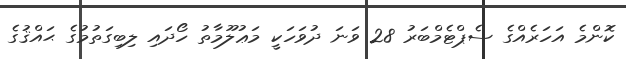
ކޮންމެ އަހަރެއްގެ ސެޕްޓެމްބަރު 28 ވަނަ ދުވަހަކީ މަޢުލޫމާތު ހޯދައި ލިބިގަތުމުގެ ޙައްޤުގެ